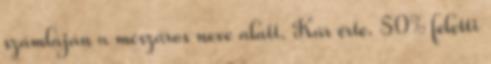
számláján a mészáros neve alatt. Kár érte. 50% feletti